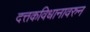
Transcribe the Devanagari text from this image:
दत्तकविधानावरुन